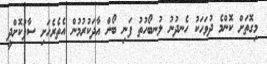
މިގޮތަށް ކޮންމެ ދުވަހަކު ހެނދުނު ލުނބޯހުތު ފަނި ބޯން އާދަކުރުމުން އެތެރެހަށި ސާފުކޮށްދީ